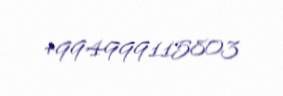
+994999115803